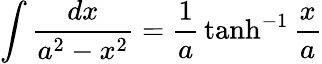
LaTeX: \int{\frac{dx}{a^{2}-x^{2}}}={\frac{1}{a}}\operatorname{tanh}^{-1}{\frac{x}{a}}